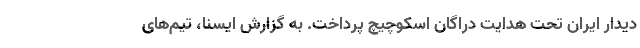
دیدار ایران تحت هدایت دراگان اسکوچیچ پرداخت. به گزارش ایسنا، تیم‌های